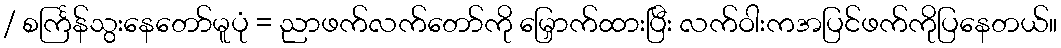
/ စင်္ကြန်သွးနေတော်မူပုံ = ညာဖက်လက်တော်ကို မြှောက်ထားပြီး လက်ဝါးကအပြင်ဖက်ကိုပြနေတယ်။